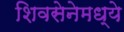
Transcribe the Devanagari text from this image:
शिवसेनेमध्ये